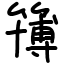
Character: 簙